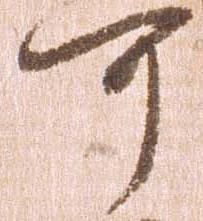
可